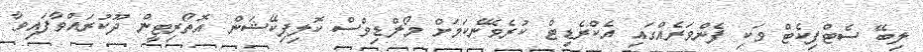
ލިބޭ ސެޓްފިކެޓް ވަކި ފެންވަރެއްގައި އެކްރެޑިޓް ކުރެވޭނެކަމަށް މޯލްޑިވްސް ކޮލިފިކޭޝަން އޮތޯރިޓީން ދޫކުރައްވާފައިވާ